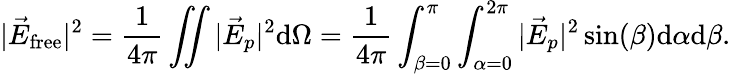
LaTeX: |\vec{E}_{\textrm{free}}|^{2}=\frac{1}{4\pi}\iint|\vec{E}_{p}|^{2}\textrm{d}\Omega=\frac{1}{4\pi}\int_{\beta=0}^{\pi}\int_{\alpha=0}^{2\pi}|\vec{E}_{p}|^{2}\sin(\beta)\textrm{d}\alpha\textrm{d}\beta.